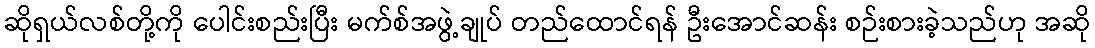
ဆိုရှယ်လစ်တို့ကို ပေါင်းစည်းပြီး မက်စ်အဖွဲ့ချုပ် တည်ထောင်ရန် ဦးအောင်ဆန်း စဉ်းစားခဲ့သည်ဟု အဆို